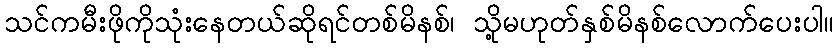
သင်ကမီးဖိုကိုသုံးနေတယ်ဆိုရင်တစ်မိနစ်၊ သို့မဟုတ်နှစ်မိနစ်လောက်ပေးပါ။